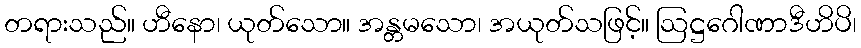
တရားသည်။ ဟီနော၊ ယုတ်သော။ အန္တမသော၊ အယုတ်သဖြင့်။ ဩဋ္ဌဂေါဏာဒီဟိပိ၊